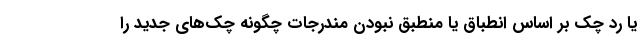
یا رد چک بر اساس انطباق یا منطبق نبودن مندرجات چگونه چک‌های جدید را